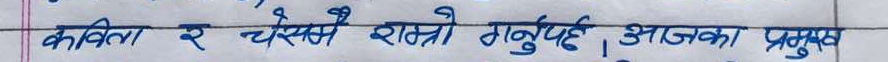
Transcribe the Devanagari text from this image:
कविता र चेसको राम्रो हुनुपर्छ। आजका प्रमुख